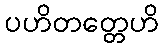
ပဟိတတ္တေဟိ